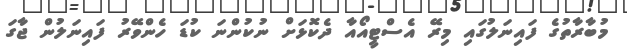
މުބާރާތުގެ ފައިނަލުގައި މިރޭ އެސްޓީއޯއާ ދެކޮޅަށް ނުކުންނަ ކުޑަ ހެންވޭރު ފައިނަލުން ޖާގަ